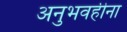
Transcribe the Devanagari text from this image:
अनुभवहीना